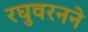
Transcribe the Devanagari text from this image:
रघुवरनने